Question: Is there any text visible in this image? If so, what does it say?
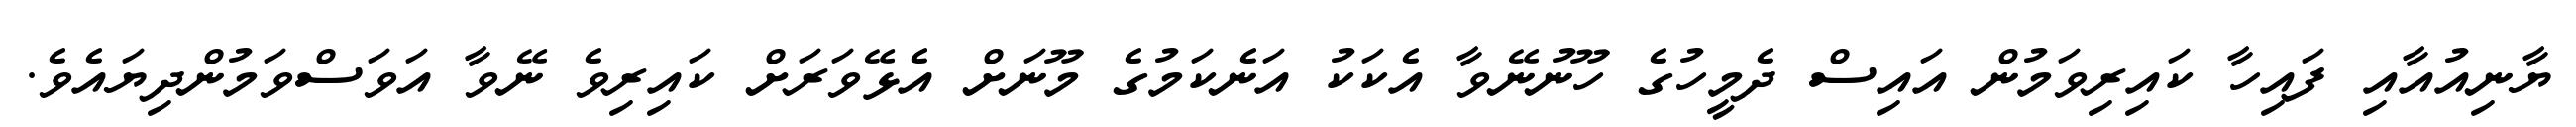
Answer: ޔާނިއުއާއި ފައިހާ ކައިރިވަމުން އައިސް ދެމީހުގެ ހޫނުނޭވާ އެކަކު އަނެކަމުގެ މޫނަށް އެޅޭވަރަށް ކައިރިވެ ނޭވާ އަވަސްވަމުންދިޔައެވެ.